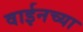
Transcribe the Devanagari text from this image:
वाईनच्या